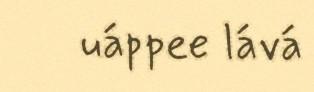
uáppee lává